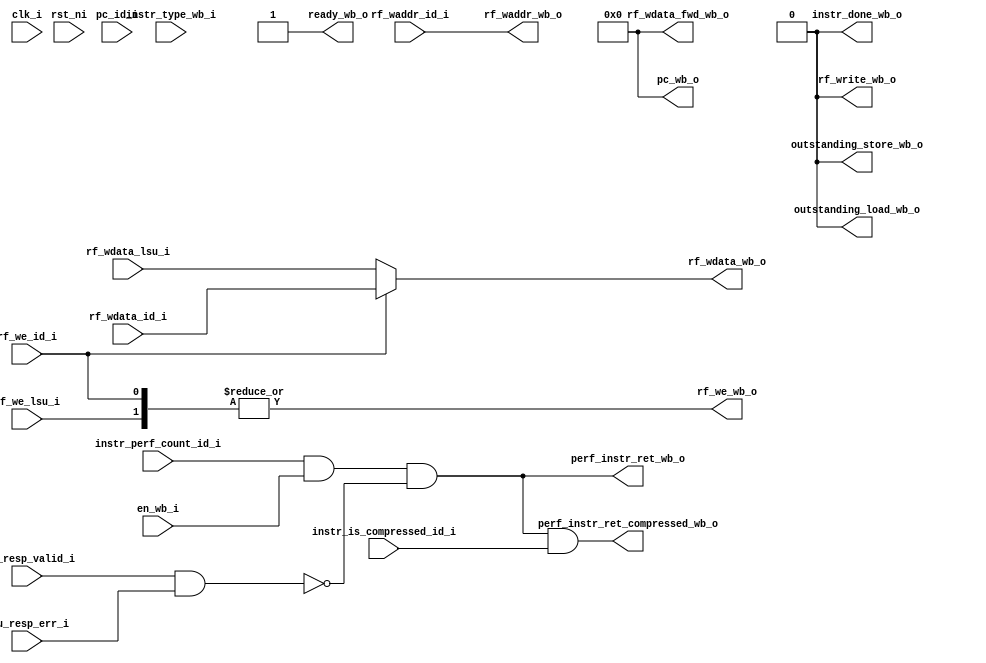
module ibex_wb_stage (
	clk_i,
	rst_ni,
	en_wb_i,
	instr_type_wb_i,
	pc_id_i,
	instr_is_compressed_id_i,
	instr_perf_count_id_i,
	ready_wb_o,
	rf_write_wb_o,
	outstanding_load_wb_o,
	outstanding_store_wb_o,
	pc_wb_o,
	perf_instr_ret_wb_o,
	perf_instr_ret_compressed_wb_o,
	rf_waddr_id_i,
	rf_wdata_id_i,
	rf_we_id_i,
	rf_wdata_lsu_i,
	rf_we_lsu_i,
	rf_wdata_fwd_wb_o,
	rf_waddr_wb_o,
	rf_wdata_wb_o,
	rf_we_wb_o,
	lsu_resp_valid_i,
	lsu_resp_err_i,
	instr_done_wb_o
);
	parameter [0:0] WritebackStage = 1'b0;
	input wire clk_i;
	input wire rst_ni;
	input wire en_wb_i;
	input wire [1:0] instr_type_wb_i;
	input wire [31:0] pc_id_i;
	input wire instr_is_compressed_id_i;
	input wire instr_perf_count_id_i;
	output wire ready_wb_o;
	output wire rf_write_wb_o;
	output wire outstanding_load_wb_o;
	output wire outstanding_store_wb_o;
	output wire [31:0] pc_wb_o;
	output wire perf_instr_ret_wb_o;
	output wire perf_instr_ret_compressed_wb_o;
	input wire [4:0] rf_waddr_id_i;
	input wire [31:0] rf_wdata_id_i;
	input wire rf_we_id_i;
	input wire [31:0] rf_wdata_lsu_i;
	input wire rf_we_lsu_i;
	output wire [31:0] rf_wdata_fwd_wb_o;
	output wire [4:0] rf_waddr_wb_o;
	output wire [31:0] rf_wdata_wb_o;
	output wire rf_we_wb_o;
	input wire lsu_resp_valid_i;
	input wire lsu_resp_err_i;
	output wire instr_done_wb_o;
	localparam integer RegFileFF = 0;
	localparam integer RegFileFPGA = 1;
	localparam integer RegFileLatch = 2;
	localparam integer RV32MNone = 0;
	localparam integer RV32MSlow = 1;
	localparam integer RV32MFast = 2;
	localparam integer RV32MSingleCycle = 3;
	localparam integer RV32BNone = 0;
	localparam integer RV32BBalanced = 1;
	localparam integer RV32BFull = 2;
	localparam [6:0] OPCODE_LOAD = 7'h03;
	localparam [6:0] OPCODE_MISC_MEM = 7'h0f;
	localparam [6:0] OPCODE_OP_IMM = 7'h13;
	localparam [6:0] OPCODE_AUIPC = 7'h17;
	localparam [6:0] OPCODE_STORE = 7'h23;
	localparam [6:0] OPCODE_OP = 7'h33;
	localparam [6:0] OPCODE_LUI = 7'h37;
	localparam [6:0] OPCODE_BRANCH = 7'h63;
	localparam [6:0] OPCODE_JALR = 7'h67;
	localparam [6:0] OPCODE_JAL = 7'h6f;
	localparam [6:0] OPCODE_SYSTEM = 7'h73;
	localparam [5:0] ALU_ADD = 0;
	localparam [5:0] ALU_SUB = 1;
	localparam [5:0] ALU_XOR = 2;
	localparam [5:0] ALU_OR = 3;
	localparam [5:0] ALU_AND = 4;
	localparam [5:0] ALU_XNOR = 5;
	localparam [5:0] ALU_ORN = 6;
	localparam [5:0] ALU_ANDN = 7;
	localparam [5:0] ALU_SRA = 8;
	localparam [5:0] ALU_SRL = 9;
	localparam [5:0] ALU_SLL = 10;
	localparam [5:0] ALU_SRO = 11;
	localparam [5:0] ALU_SLO = 12;
	localparam [5:0] ALU_ROR = 13;
	localparam [5:0] ALU_ROL = 14;
	localparam [5:0] ALU_GREV = 15;
	localparam [5:0] ALU_GORC = 16;
	localparam [5:0] ALU_SHFL = 17;
	localparam [5:0] ALU_UNSHFL = 18;
	localparam [5:0] ALU_LT = 19;
	localparam [5:0] ALU_LTU = 20;
	localparam [5:0] ALU_GE = 21;
	localparam [5:0] ALU_GEU = 22;
	localparam [5:0] ALU_EQ = 23;
	localparam [5:0] ALU_NE = 24;
	localparam [5:0] ALU_MIN = 25;
	localparam [5:0] ALU_MINU = 26;
	localparam [5:0] ALU_MAX = 27;
	localparam [5:0] ALU_MAXU = 28;
	localparam [5:0] ALU_PACK = 29;
	localparam [5:0] ALU_PACKU = 30;
	localparam [5:0] ALU_PACKH = 31;
	localparam [5:0] ALU_SEXTB = 32;
	localparam [5:0] ALU_SEXTH = 33;
	localparam [5:0] ALU_CLZ = 34;
	localparam [5:0] ALU_CTZ = 35;
	localparam [5:0] ALU_PCNT = 36;
	localparam [5:0] ALU_SLT = 37;
	localparam [5:0] ALU_SLTU = 38;
	localparam [5:0] ALU_CMOV = 39;
	localparam [5:0] ALU_CMIX = 40;
	localparam [5:0] ALU_FSL = 41;
	localparam [5:0] ALU_FSR = 42;
	localparam [5:0] ALU_SBSET = 43;
	localparam [5:0] ALU_SBCLR = 44;
	localparam [5:0] ALU_SBINV = 45;
	localparam [5:0] ALU_SBEXT = 46;
	localparam [5:0] ALU_BEXT = 47;
	localparam [5:0] ALU_BDEP = 48;
	localparam [5:0] ALU_BFP = 49;
	localparam [5:0] ALU_CLMUL = 50;
	localparam [5:0] ALU_CLMULR = 51;
	localparam [5:0] ALU_CLMULH = 52;
	localparam [5:0] ALU_CRC32_B = 53;
	localparam [5:0] ALU_CRC32C_B = 54;
	localparam [5:0] ALU_CRC32_H = 55;
	localparam [5:0] ALU_CRC32C_H = 56;
	localparam [5:0] ALU_CRC32_W = 57;
	localparam [5:0] ALU_CRC32C_W = 58;
	localparam [1:0] MD_OP_MULL = 0;
	localparam [1:0] MD_OP_MULH = 1;
	localparam [1:0] MD_OP_DIV = 2;
	localparam [1:0] MD_OP_REM = 3;
	localparam [1:0] CSR_OP_READ = 0;
	localparam [1:0] CSR_OP_WRITE = 1;
	localparam [1:0] CSR_OP_SET = 2;
	localparam [1:0] CSR_OP_CLEAR = 3;
	localparam [1:0] PRIV_LVL_M = 2'b11;
	localparam [1:0] PRIV_LVL_H = 2'b10;
	localparam [1:0] PRIV_LVL_S = 2'b01;
	localparam [1:0] PRIV_LVL_U = 2'b00;
	localparam [3:0] XDEBUGVER_NO = 4'd0;
	localparam [3:0] XDEBUGVER_STD = 4'd4;
	localparam [3:0] XDEBUGVER_NONSTD = 4'd15;
	localparam [1:0] WB_INSTR_LOAD = 0;
	localparam [1:0] WB_INSTR_STORE = 1;
	localparam [1:0] WB_INSTR_OTHER = 2;
	localparam [1:0] OP_A_REG_A = 0;
	localparam [1:0] OP_A_FWD = 1;
	localparam [1:0] OP_A_CURRPC = 2;
	localparam [1:0] OP_A_IMM = 3;
	localparam [0:0] IMM_A_Z = 0;
	localparam [0:0] IMM_A_ZERO = 1;
	localparam [0:0] OP_B_REG_B = 0;
	localparam [0:0] OP_B_IMM = 1;
	localparam [2:0] IMM_B_I = 0;
	localparam [2:0] IMM_B_S = 1;
	localparam [2:0] IMM_B_B = 2;
	localparam [2:0] IMM_B_U = 3;
	localparam [2:0] IMM_B_J = 4;
	localparam [2:0] IMM_B_INCR_PC = 5;
	localparam [2:0] IMM_B_INCR_ADDR = 6;
	localparam [0:0] RF_WD_EX = 0;
	localparam [0:0] RF_WD_CSR = 1;
	localparam [2:0] PC_BOOT = 0;
	localparam [2:0] PC_JUMP = 1;
	localparam [2:0] PC_EXC = 2;
	localparam [2:0] PC_ERET = 3;
	localparam [2:0] PC_DRET = 4;
	localparam [2:0] PC_BP = 5;
	localparam [1:0] EXC_PC_EXC = 0;
	localparam [1:0] EXC_PC_IRQ = 1;
	localparam [1:0] EXC_PC_DBD = 2;
	localparam [1:0] EXC_PC_DBG_EXC = 3;
	localparam [5:0] EXC_CAUSE_IRQ_SOFTWARE_M = {1'b1, 5'd3};
	localparam [5:0] EXC_CAUSE_IRQ_TIMER_M = {1'b1, 5'd7};
	localparam [5:0] EXC_CAUSE_IRQ_EXTERNAL_M = {1'b1, 5'd11};
	localparam [5:0] EXC_CAUSE_IRQ_NM = {1'b1, 5'd31};
	localparam [5:0] EXC_CAUSE_INSN_ADDR_MISA = {1'b0, 5'd0};
	localparam [5:0] EXC_CAUSE_INSTR_ACCESS_FAULT = {1'b0, 5'd1};
	localparam [5:0] EXC_CAUSE_ILLEGAL_INSN = {1'b0, 5'd2};
	localparam [5:0] EXC_CAUSE_BREAKPOINT = {1'b0, 5'd3};
	localparam [5:0] EXC_CAUSE_LOAD_ACCESS_FAULT = {1'b0, 5'd5};
	localparam [5:0] EXC_CAUSE_STORE_ACCESS_FAULT = {1'b0, 5'd7};
	localparam [5:0] EXC_CAUSE_ECALL_UMODE = {1'b0, 5'd8};
	localparam [5:0] EXC_CAUSE_ECALL_MMODE = {1'b0, 5'd11};
	localparam [2:0] DBG_CAUSE_NONE = 3'h0;
	localparam [2:0] DBG_CAUSE_EBREAK = 3'h1;
	localparam [2:0] DBG_CAUSE_TRIGGER = 3'h2;
	localparam [2:0] DBG_CAUSE_HALTREQ = 3'h3;
	localparam [2:0] DBG_CAUSE_STEP = 3'h4;
	localparam [31:0] PMP_MAX_REGIONS = 16;
	localparam [31:0] PMP_CFG_W = 8;
	localparam [31:0] PMP_I = 0;
	localparam [31:0] PMP_D = 1;
	localparam [1:0] PMP_ACC_EXEC = 2'b00;
	localparam [1:0] PMP_ACC_WRITE = 2'b01;
	localparam [1:0] PMP_ACC_READ = 2'b10;
	localparam [1:0] PMP_MODE_OFF = 2'b00;
	localparam [1:0] PMP_MODE_TOR = 2'b01;
	localparam [1:0] PMP_MODE_NA4 = 2'b10;
	localparam [1:0] PMP_MODE_NAPOT = 2'b11;
	localparam [11:0] CSR_MHARTID = 12'hf14;
	localparam [11:0] CSR_MSTATUS = 12'h300;
	localparam [11:0] CSR_MISA = 12'h301;
	localparam [11:0] CSR_MIE = 12'h304;
	localparam [11:0] CSR_MTVEC = 12'h305;
	localparam [11:0] CSR_MSCRATCH = 12'h340;
	localparam [11:0] CSR_MEPC = 12'h341;
	localparam [11:0] CSR_MCAUSE = 12'h342;
	localparam [11:0] CSR_MTVAL = 12'h343;
	localparam [11:0] CSR_MIP = 12'h344;
	localparam [11:0] CSR_PMPCFG0 = 12'h3a0;
	localparam [11:0] CSR_PMPCFG1 = 12'h3a1;
	localparam [11:0] CSR_PMPCFG2 = 12'h3a2;
	localparam [11:0] CSR_PMPCFG3 = 12'h3a3;
	localparam [11:0] CSR_PMPADDR0 = 12'h3b0;
	localparam [11:0] CSR_PMPADDR1 = 12'h3b1;
	localparam [11:0] CSR_PMPADDR2 = 12'h3b2;
	localparam [11:0] CSR_PMPADDR3 = 12'h3b3;
	localparam [11:0] CSR_PMPADDR4 = 12'h3b4;
	localparam [11:0] CSR_PMPADDR5 = 12'h3b5;
	localparam [11:0] CSR_PMPADDR6 = 12'h3b6;
	localparam [11:0] CSR_PMPADDR7 = 12'h3b7;
	localparam [11:0] CSR_PMPADDR8 = 12'h3b8;
	localparam [11:0] CSR_PMPADDR9 = 12'h3b9;
	localparam [11:0] CSR_PMPADDR10 = 12'h3ba;
	localparam [11:0] CSR_PMPADDR11 = 12'h3bb;
	localparam [11:0] CSR_PMPADDR12 = 12'h3bc;
	localparam [11:0] CSR_PMPADDR13 = 12'h3bd;
	localparam [11:0] CSR_PMPADDR14 = 12'h3be;
	localparam [11:0] CSR_PMPADDR15 = 12'h3bf;
	localparam [11:0] CSR_TSELECT = 12'h7a0;
	localparam [11:0] CSR_TDATA1 = 12'h7a1;
	localparam [11:0] CSR_TDATA2 = 12'h7a2;
	localparam [11:0] CSR_TDATA3 = 12'h7a3;
	localparam [11:0] CSR_MCONTEXT = 12'h7a8;
	localparam [11:0] CSR_SCONTEXT = 12'h7aa;
	localparam [11:0] CSR_DCSR = 12'h7b0;
	localparam [11:0] CSR_DPC = 12'h7b1;
	localparam [11:0] CSR_DSCRATCH0 = 12'h7b2;
	localparam [11:0] CSR_DSCRATCH1 = 12'h7b3;
	localparam [11:0] CSR_MCOUNTINHIBIT = 12'h320;
	localparam [11:0] CSR_MHPMEVENT3 = 12'h323;
	localparam [11:0] CSR_MHPMEVENT4 = 12'h324;
	localparam [11:0] CSR_MHPMEVENT5 = 12'h325;
	localparam [11:0] CSR_MHPMEVENT6 = 12'h326;
	localparam [11:0] CSR_MHPMEVENT7 = 12'h327;
	localparam [11:0] CSR_MHPMEVENT8 = 12'h328;
	localparam [11:0] CSR_MHPMEVENT9 = 12'h329;
	localparam [11:0] CSR_MHPMEVENT10 = 12'h32a;
	localparam [11:0] CSR_MHPMEVENT11 = 12'h32b;
	localparam [11:0] CSR_MHPMEVENT12 = 12'h32c;
	localparam [11:0] CSR_MHPMEVENT13 = 12'h32d;
	localparam [11:0] CSR_MHPMEVENT14 = 12'h32e;
	localparam [11:0] CSR_MHPMEVENT15 = 12'h32f;
	localparam [11:0] CSR_MHPMEVENT16 = 12'h330;
	localparam [11:0] CSR_MHPMEVENT17 = 12'h331;
	localparam [11:0] CSR_MHPMEVENT18 = 12'h332;
	localparam [11:0] CSR_MHPMEVENT19 = 12'h333;
	localparam [11:0] CSR_MHPMEVENT20 = 12'h334;
	localparam [11:0] CSR_MHPMEVENT21 = 12'h335;
	localparam [11:0] CSR_MHPMEVENT22 = 12'h336;
	localparam [11:0] CSR_MHPMEVENT23 = 12'h337;
	localparam [11:0] CSR_MHPMEVENT24 = 12'h338;
	localparam [11:0] CSR_MHPMEVENT25 = 12'h339;
	localparam [11:0] CSR_MHPMEVENT26 = 12'h33a;
	localparam [11:0] CSR_MHPMEVENT27 = 12'h33b;
	localparam [11:0] CSR_MHPMEVENT28 = 12'h33c;
	localparam [11:0] CSR_MHPMEVENT29 = 12'h33d;
	localparam [11:0] CSR_MHPMEVENT30 = 12'h33e;
	localparam [11:0] CSR_MHPMEVENT31 = 12'h33f;
	localparam [11:0] CSR_MCYCLE = 12'hb00;
	localparam [11:0] CSR_MINSTRET = 12'hb02;
	localparam [11:0] CSR_MHPMCOUNTER3 = 12'hb03;
	localparam [11:0] CSR_MHPMCOUNTER4 = 12'hb04;
	localparam [11:0] CSR_MHPMCOUNTER5 = 12'hb05;
	localparam [11:0] CSR_MHPMCOUNTER6 = 12'hb06;
	localparam [11:0] CSR_MHPMCOUNTER7 = 12'hb07;
	localparam [11:0] CSR_MHPMCOUNTER8 = 12'hb08;
	localparam [11:0] CSR_MHPMCOUNTER9 = 12'hb09;
	localparam [11:0] CSR_MHPMCOUNTER10 = 12'hb0a;
	localparam [11:0] CSR_MHPMCOUNTER11 = 12'hb0b;
	localparam [11:0] CSR_MHPMCOUNTER12 = 12'hb0c;
	localparam [11:0] CSR_MHPMCOUNTER13 = 12'hb0d;
	localparam [11:0] CSR_MHPMCOUNTER14 = 12'hb0e;
	localparam [11:0] CSR_MHPMCOUNTER15 = 12'hb0f;
	localparam [11:0] CSR_MHPMCOUNTER16 = 12'hb10;
	localparam [11:0] CSR_MHPMCOUNTER17 = 12'hb11;
	localparam [11:0] CSR_MHPMCOUNTER18 = 12'hb12;
	localparam [11:0] CSR_MHPMCOUNTER19 = 12'hb13;
	localparam [11:0] CSR_MHPMCOUNTER20 = 12'hb14;
	localparam [11:0] CSR_MHPMCOUNTER21 = 12'hb15;
	localparam [11:0] CSR_MHPMCOUNTER22 = 12'hb16;
	localparam [11:0] CSR_MHPMCOUNTER23 = 12'hb17;
	localparam [11:0] CSR_MHPMCOUNTER24 = 12'hb18;
	localparam [11:0] CSR_MHPMCOUNTER25 = 12'hb19;
	localparam [11:0] CSR_MHPMCOUNTER26 = 12'hb1a;
	localparam [11:0] CSR_MHPMCOUNTER27 = 12'hb1b;
	localparam [11:0] CSR_MHPMCOUNTER28 = 12'hb1c;
	localparam [11:0] CSR_MHPMCOUNTER29 = 12'hb1d;
	localparam [11:0] CSR_MHPMCOUNTER30 = 12'hb1e;
	localparam [11:0] CSR_MHPMCOUNTER31 = 12'hb1f;
	localparam [11:0] CSR_MCYCLEH = 12'hb80;
	localparam [11:0] CSR_MINSTRETH = 12'hb82;
	localparam [11:0] CSR_MHPMCOUNTER3H = 12'hb83;
	localparam [11:0] CSR_MHPMCOUNTER4H = 12'hb84;
	localparam [11:0] CSR_MHPMCOUNTER5H = 12'hb85;
	localparam [11:0] CSR_MHPMCOUNTER6H = 12'hb86;
	localparam [11:0] CSR_MHPMCOUNTER7H = 12'hb87;
	localparam [11:0] CSR_MHPMCOUNTER8H = 12'hb88;
	localparam [11:0] CSR_MHPMCOUNTER9H = 12'hb89;
	localparam [11:0] CSR_MHPMCOUNTER10H = 12'hb8a;
	localparam [11:0] CSR_MHPMCOUNTER11H = 12'hb8b;
	localparam [11:0] CSR_MHPMCOUNTER12H = 12'hb8c;
	localparam [11:0] CSR_MHPMCOUNTER13H = 12'hb8d;
	localparam [11:0] CSR_MHPMCOUNTER14H = 12'hb8e;
	localparam [11:0] CSR_MHPMCOUNTER15H = 12'hb8f;
	localparam [11:0] CSR_MHPMCOUNTER16H = 12'hb90;
	localparam [11:0] CSR_MHPMCOUNTER17H = 12'hb91;
	localparam [11:0] CSR_MHPMCOUNTER18H = 12'hb92;
	localparam [11:0] CSR_MHPMCOUNTER19H = 12'hb93;
	localparam [11:0] CSR_MHPMCOUNTER20H = 12'hb94;
	localparam [11:0] CSR_MHPMCOUNTER21H = 12'hb95;
	localparam [11:0] CSR_MHPMCOUNTER22H = 12'hb96;
	localparam [11:0] CSR_MHPMCOUNTER23H = 12'hb97;
	localparam [11:0] CSR_MHPMCOUNTER24H = 12'hb98;
	localparam [11:0] CSR_MHPMCOUNTER25H = 12'hb99;
	localparam [11:0] CSR_MHPMCOUNTER26H = 12'hb9a;
	localparam [11:0] CSR_MHPMCOUNTER27H = 12'hb9b;
	localparam [11:0] CSR_MHPMCOUNTER28H = 12'hb9c;
	localparam [11:0] CSR_MHPMCOUNTER29H = 12'hb9d;
	localparam [11:0] CSR_MHPMCOUNTER30H = 12'hb9e;
	localparam [11:0] CSR_MHPMCOUNTER31H = 12'hb9f;
	localparam [11:0] CSR_CPUCTRL = 12'h7c0;
	localparam [11:0] CSR_SECURESEED = 12'h7c1;
	localparam [11:0] CSR_OFF_PMP_CFG = 12'h3a0;
	localparam [11:0] CSR_OFF_PMP_ADDR = 12'h3b0;
	localparam [31:0] CSR_MSTATUS_MIE_BIT = 3;
	localparam [31:0] CSR_MSTATUS_MPIE_BIT = 7;
	localparam [31:0] CSR_MSTATUS_MPP_BIT_LOW = 11;
	localparam [31:0] CSR_MSTATUS_MPP_BIT_HIGH = 12;
	localparam [31:0] CSR_MSTATUS_MPRV_BIT = 17;
	localparam [31:0] CSR_MSTATUS_TW_BIT = 21;
	localparam [1:0] CSR_MISA_MXL = 2'd1;
	localparam [31:0] CSR_MSIX_BIT = 3;
	localparam [31:0] CSR_MTIX_BIT = 7;
	localparam [31:0] CSR_MEIX_BIT = 11;
	localparam [31:0] CSR_MFIX_BIT_LOW = 16;
	localparam [31:0] CSR_MFIX_BIT_HIGH = 30;
	wire [31:0] rf_wdata_wb_mux [0:1];
	wire [1:0] rf_wdata_wb_mux_we;
	generate
		if (WritebackStage) begin : g_writeback_stage
			reg [31:0] rf_wdata_wb_q;
			reg rf_we_wb_q;
			reg [4:0] rf_waddr_wb_q;
			wire wb_done;
			reg wb_valid_q;
			reg [31:0] wb_pc_q;
			reg wb_compressed_q;
			reg wb_count_q;
			reg [1:0] wb_instr_type_q;
			wire wb_valid_d;
			assign wb_valid_d = (en_wb_i & ready_wb_o) | (wb_valid_q & ~wb_done);
			assign wb_done = (wb_instr_type_q == WB_INSTR_OTHER) | lsu_resp_valid_i;
			always @(posedge clk_i or negedge rst_ni)
				if (~rst_ni)
					wb_valid_q <= 1'b0;
				else
					wb_valid_q <= wb_valid_d;
			always @(posedge clk_i)
				if (en_wb_i) begin
					rf_we_wb_q <= rf_we_id_i;
					rf_waddr_wb_q <= rf_waddr_id_i;
					rf_wdata_wb_q <= rf_wdata_id_i;
					wb_instr_type_q <= instr_type_wb_i;
					wb_pc_q <= pc_id_i;
					wb_compressed_q <= instr_is_compressed_id_i;
					wb_count_q <= instr_perf_count_id_i;
				end
			assign rf_waddr_wb_o = rf_waddr_wb_q;
			assign rf_wdata_wb_mux[0] = rf_wdata_wb_q;
			assign rf_wdata_wb_mux_we[0] = rf_we_wb_q & wb_valid_q;
			assign ready_wb_o = ~wb_valid_q | wb_done;
			assign rf_write_wb_o = wb_valid_q & (rf_we_wb_q | (wb_instr_type_q == WB_INSTR_LOAD));
			assign outstanding_load_wb_o = wb_valid_q & (wb_instr_type_q == WB_INSTR_LOAD);
			assign outstanding_store_wb_o = wb_valid_q & (wb_instr_type_q == WB_INSTR_STORE);
			assign pc_wb_o = wb_pc_q;
			assign instr_done_wb_o = wb_valid_q & wb_done;
			assign perf_instr_ret_wb_o = (instr_done_wb_o & wb_count_q) & ~(lsu_resp_valid_i & lsu_resp_err_i);
			assign perf_instr_ret_compressed_wb_o = perf_instr_ret_wb_o & wb_compressed_q;
			assign rf_wdata_fwd_wb_o = rf_wdata_wb_q;
		end
		else begin : g_bypass_wb
			assign rf_waddr_wb_o = rf_waddr_id_i;
			assign rf_wdata_wb_mux[0] = rf_wdata_id_i;
			assign rf_wdata_wb_mux_we[0] = rf_we_id_i;
			assign perf_instr_ret_wb_o = (instr_perf_count_id_i & en_wb_i) & ~(lsu_resp_valid_i & lsu_resp_err_i);
			assign perf_instr_ret_compressed_wb_o = perf_instr_ret_wb_o & instr_is_compressed_id_i;
			assign ready_wb_o = 1'b1;
			wire unused_clk;
			wire unused_rst;
			wire [1:0] unused_instr_type_wb;
			wire [31:0] unused_pc_id;
			assign unused_clk = clk_i;
			assign unused_rst = rst_ni;
			assign unused_instr_type_wb = instr_type_wb_i;
			assign unused_pc_id = pc_id_i;
			assign outstanding_load_wb_o = 1'b0;
			assign outstanding_store_wb_o = 1'b0;
			assign pc_wb_o = {32 {1'sb0}};
			assign rf_write_wb_o = 1'b0;
			assign rf_wdata_fwd_wb_o = 32'b00000000000000000000000000000000;
			assign instr_done_wb_o = 1'b0;
		end
	endgenerate
	assign rf_wdata_wb_mux[1] = rf_wdata_lsu_i;
	assign rf_wdata_wb_mux_we[1] = rf_we_lsu_i;
	assign rf_wdata_wb_o = (rf_wdata_wb_mux_we[0] ? rf_wdata_wb_mux[0] : rf_wdata_wb_mux[1]);
	assign rf_we_wb_o = |rf_wdata_wb_mux_we;
endmodule